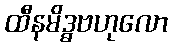
ထီနမိဒ္ဓဗဟုလော